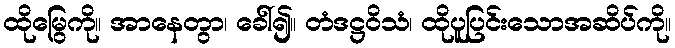
ထိုမြွေကို။ အာနေတွာ၊ ခေါ်၍။ တံဒဋ္ဌဝိသံ၊ ထိုပူပြင်းသောအဆိပ်ကို။